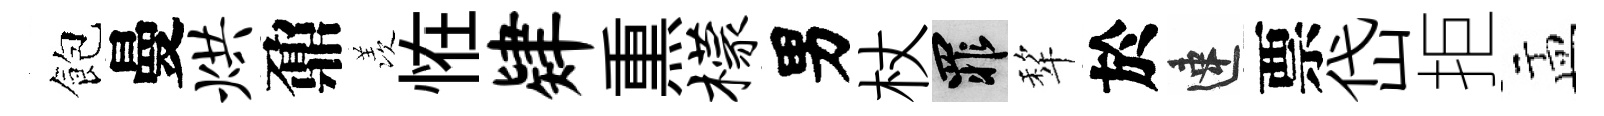
飽曼烘鼐羡恠肄𤋱檬男杖罪犂於速票岱拒盂